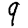
Digit: 9